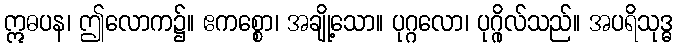
ဣဓပန၊ ဤလောက၌။ ဧကစ္စော၊ အချို့သော။ ပုဂ္ဂလော၊ ပုဂ္ဂိုလ်သည်။ အပရိသုဒ္ဓ